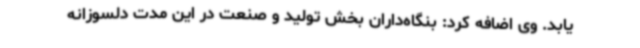
یابد. وی اضافه کرد: بنگاه‌داران بخش تولید و صنعت در این مدت دلسوزانه